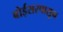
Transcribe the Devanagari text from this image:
बोईसरपासून